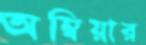
অম্বিয়ার